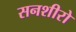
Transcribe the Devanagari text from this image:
सनशीरो